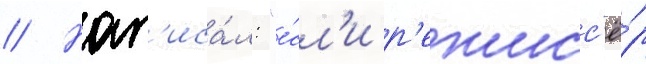
// Нап'иса́л: "е́сл'и р'ежисс'ё́р